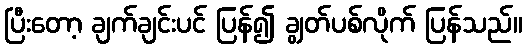
ပြီးတော့ ချက်ချင်းပင် ပြန်၍ ချွတ်ပစ်လိုက် ပြန်သည်။